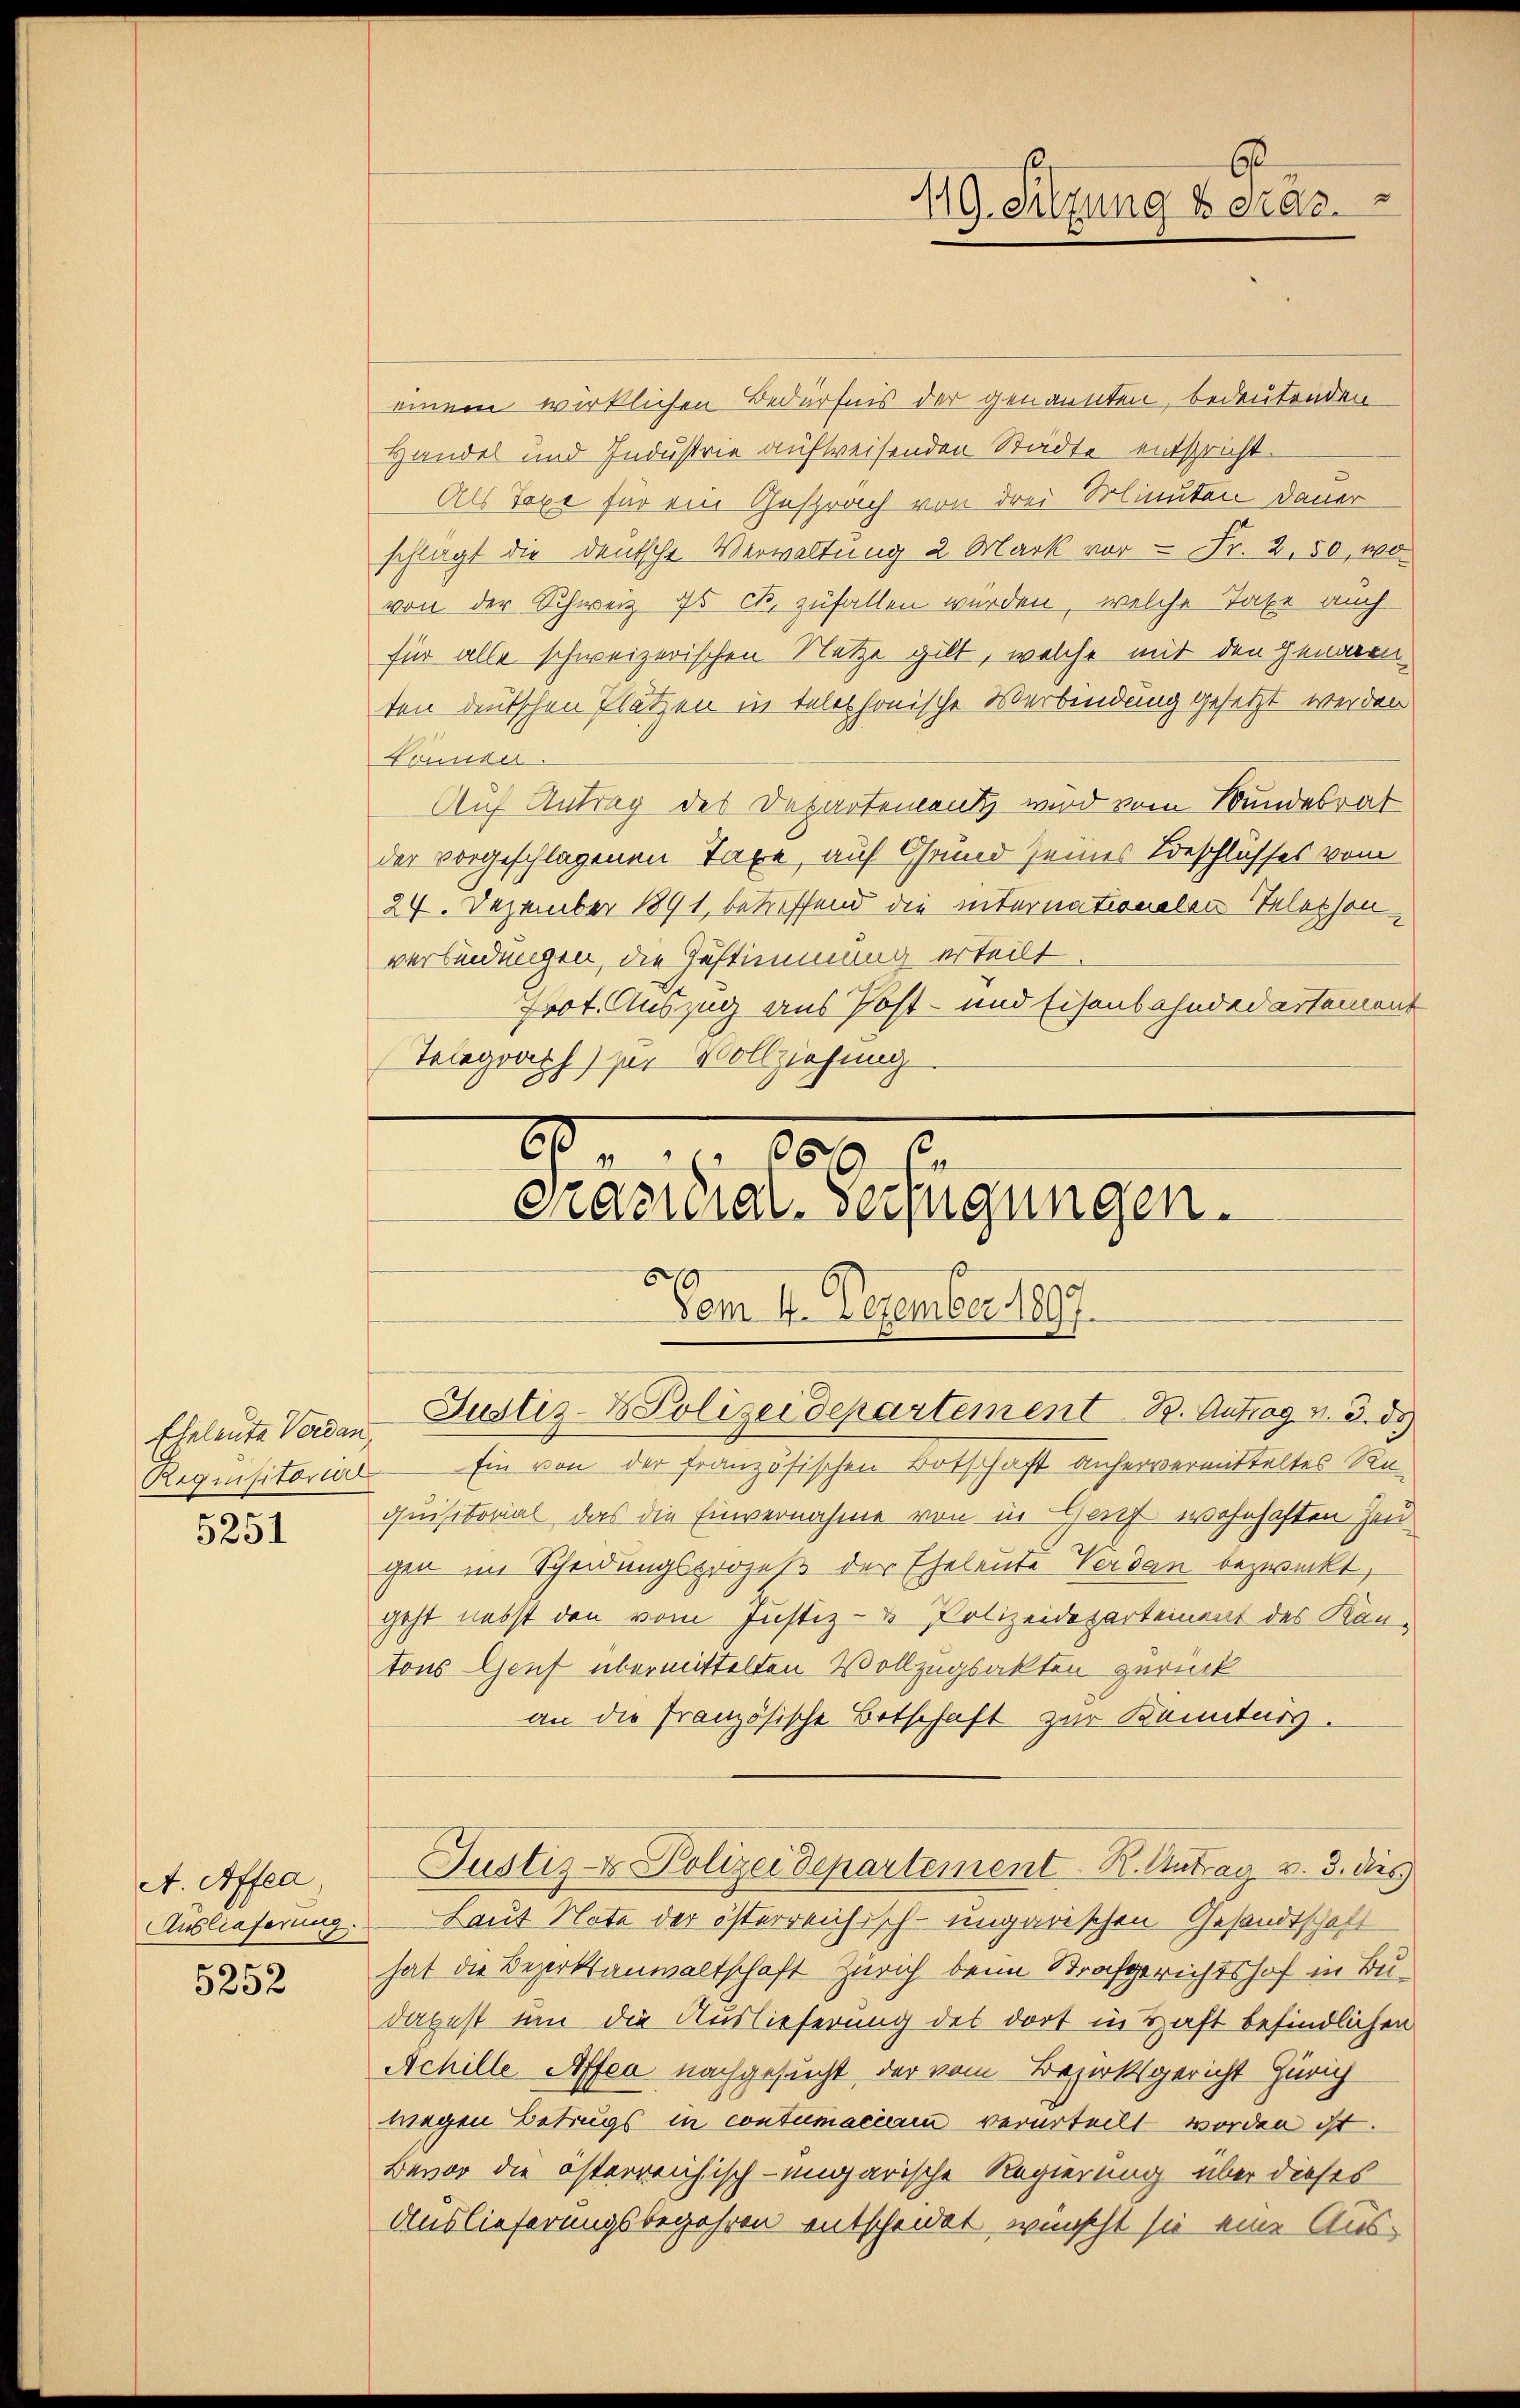
5251

A. Affea
Auslieferung.
5252

einem wirklichen Bedürfnis der genannten, bedeutenden
Handel und Industrie aufweisenden Städte entspricht.
Als Taxe für ein Gespräch von drei Minuten Dauer
schlägt die deutsche Verwaltung 2 Mark vor – Fr. 2, 50, wo
von der Schweiz is c. zufallen würden, welche Taxe auch
für alle schweizerischen Netze gilt, welche mit den Genauen-
ten deutschen Plätzen in telephonische Verbindung gesetzt werden
Könnter.
Auf Antrag des Departementz wird vom Bundesrat
der vorgeschlagenen Taxe auf Grund seines Beschlusses vom
24. Dezember 1891, betriffend die internationalen Telephon-
verbindungen, die Zustimmung erteilt
Prot. Auszug aus Post- und Eisenbahnderartement
Telegraph) zur Vollziehung
6
660
crasilial-Verfügungen.
ß
Vom 4. Dezember 1897.

19. Sitzung derar

Eheleute Vaden Justiz- & Polizeidepartement Dr. Antrag v. 3. ds.

Requisitorial Ein von der französischen Botschaft anhervermitteltes Requisitorial das die Einvernahme von in Genf wohnhaften Zeu
gen im Scheidungsprozeß der Eheleute Verdan bezweckt,
geht nebst den vom Justiz- & Polizeidepartement des Kantons Genf übermittelten Vollzugsakten zurück
an die französische Betschaft zur Kenntnis.
Justiz- & Polizeidepartement. R. Antrag v. 3. dies
Laut Note der österreichisch-ungarischen Gesandtschaft
hat die Bezirksanwaltschaft Zürich beim Strafgerichtshof in Budapest um die Auslieferung des dort in Haft befindlichen
Achille Affen nachgesucht der vom Bezirksgericht Zürich
wegen Betrugs in contumaciam verurteilt worden ist.
Bevor die österreichisch-ungarische Regierung über dieses
Auslieferungsbegehren entscheidet wünscht sie eine Aus-